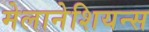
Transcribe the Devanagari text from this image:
मेलानेशियन्स